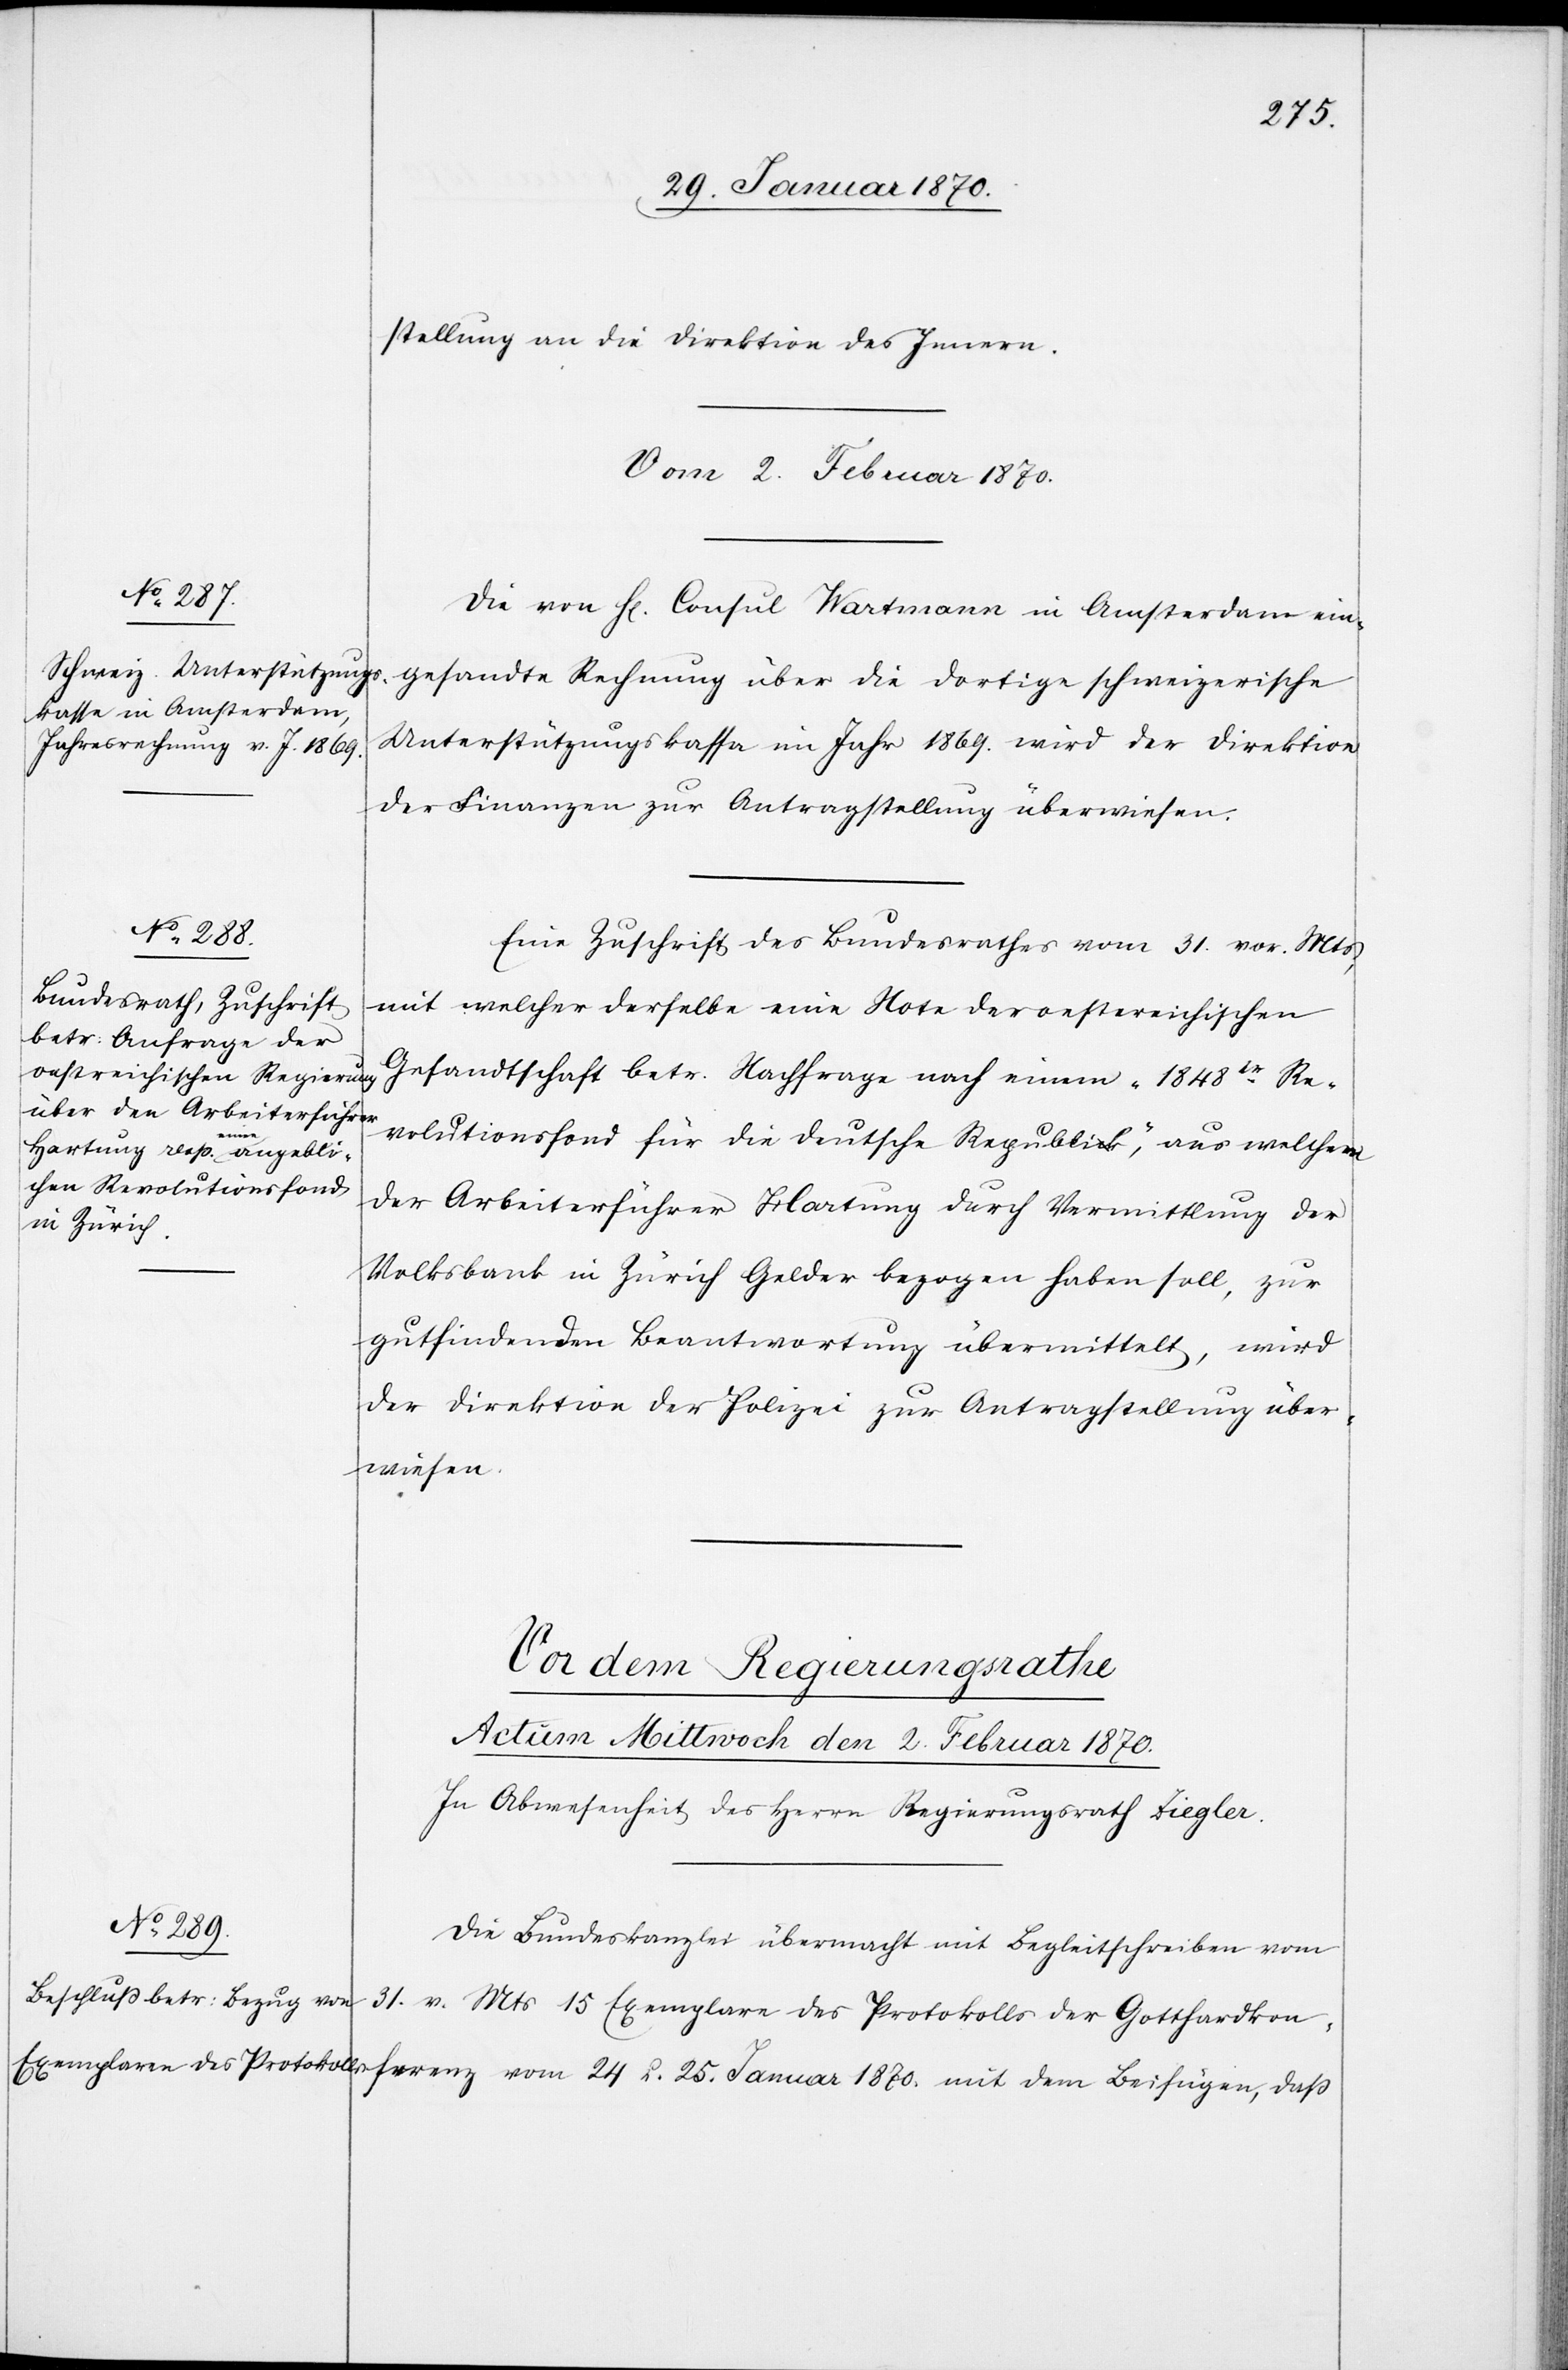
25. Januar 1870.
stellung an die Direktion des Innern.
Vom 2. Februar 1870.]
ferenz
Die von H[errn] Consul Wartmann in Amsterdam ein¬
gesandte Rechnung über die dortige schweizerische
Unterstützungskassa im Jahr 1869. wird der Direktion
der Finanzen zur Antragstellung überwiesen.
Eine Zuschrift des Bundesrathes vom 31. vor. Mts,
mit welcher derselbe eine Note der oestereichischen
Gesandtschaft betr. Nachfrage nach einem „1848te Re¬
volutionsfond für die deutsche Republik“, aus welchem
der Arbeiterführer Hartung durch Vermittlung der
Volksbank in Zürich Gelder bezogen haben soll, zur
gutfindenden Beantwortung übermittelt, wird
der Direktion der Polizei zur Antragstellung über¬
wiesen.
Die Bundeskanzlei übermacht mit Begleitschreiben vom
31. v. Mts 15 Exemplare des Protokolls der Gotthardkon¬